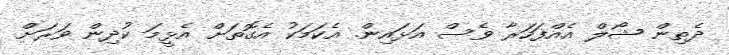
ދެތިން ޝޯލް އެއްފަހަރާ ވެސް އަޅައިން. އެކަމަކު އެގޮތަށް އެޅީމަ ކުދިން ވަރަށް